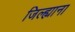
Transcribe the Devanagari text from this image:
जिल्ह्याना